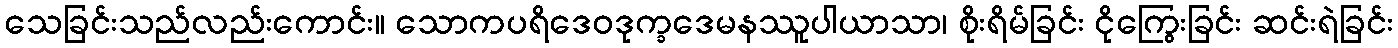
သေခြင်းသည်လည်းကောင်း။ သောကပရိဒေဝဒုက္ခဒေမနဿူပါယာသာ၊ စိုးရိမ်ခြင်း ငိုကြွေးခြင်း ဆင်းရဲခြင်း